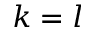
k = l